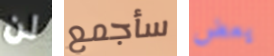
لن سأجمع يعض